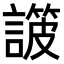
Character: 𧫸